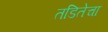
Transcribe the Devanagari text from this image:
तडितेचा